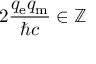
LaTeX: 2 { \frac { q _ { \mathrm { e } } q _ { \mathrm { m } } } { \hbar c } } \in \mathbb { Z }